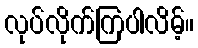
လုပ်လိုက်ကြပါလိမ့်။